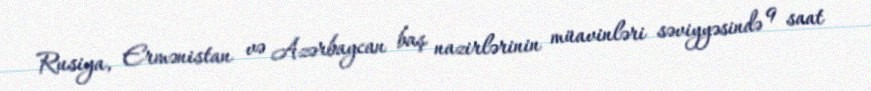
Rusiya, Ermənistan və Azərbaycan baş nazirlərinin müavinləri səviyyəsində 9 saat